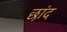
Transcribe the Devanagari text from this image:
छांद